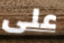
على